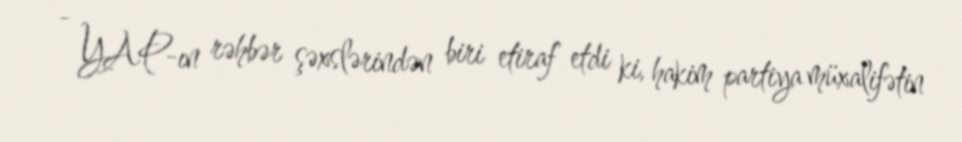
- YAP-ın rəhbər şəxslərindən biri etiraf etdi ki, hakim partiya müxalifətin